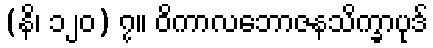
(နိ၊ ၁၂၀) ၇။ ဝိကာလဘောဇနသိက္ခာပုဒ်